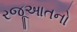
રજૂઆતનો